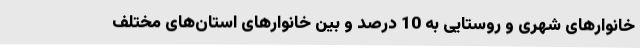
خانوارهای شهری و روستایی به 10 درصد و بین خانوارهای استان‌های مختلف